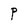
Character: P